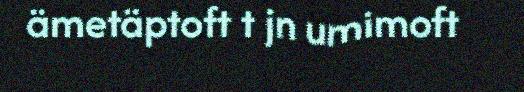
ämetäptoft t jn umimoft